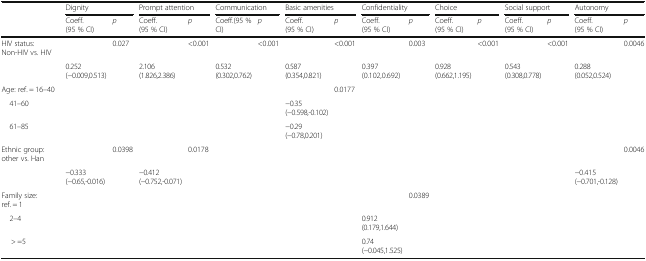
<table><thead><tr><td></td><td colspan="2"><b>Dignity</b></td><td colspan="2"><b>Prompt attention</b></td><td colspan="2"><b>Communication</b></td><td colspan="2"><b>Basic amenities</b></td><td colspan="2"><b>Confidentiality</b></td><td colspan="2"><b>Choice</b></td><td colspan="2"><b>Social support</b></td><td colspan="2"><b>Autonomy</b></td></tr><tr><td></td><td><b>Coeff. (95 % CI)</b></td><td><b><i>p</i></b></td><td><b>Coeff. (95 % CI)</b></td><td><b><i>p</i></b></td><td><b>Coeff.(95 % CI)</b></td><td><b><i>p</i></b></td><td><b>Coeff. (95 % CI)</b></td><td><b><i>p</i></b></td><td><b>Coeff. (95 % CI)</b></td><td><b><i>p</i></b></td><td><b>Coeff. (95 % CI)</b></td><td><b><i>p</i></b></td><td><b>Coeff. (95 % CI)</b></td><td><b><i>p</i></b></td><td><b>Coeff. (95 % CI)</b></td><td><b><i>p</i></b></td></tr></thead><tbody><tr><td>HIV status: Non-HIV vs. HIV</td><td></td><td>0.027</td><td></td><td>&lt;0.001</td><td></td><td>&lt;0.001</td><td></td><td>&lt;0.001</td><td></td><td>0.003</td><td></td><td>&lt;0.001</td><td></td><td>&lt;0.001</td><td></td><td>0.0046</td></tr><tr><td></td><td>0.252 (−0.009,0.513)</td><td></td><td>2.106 (1.826,2.386)</td><td></td><td>0.532 (0.302,0.762)</td><td></td><td>0.587 (0.354,0.821)</td><td></td><td>0.397 (0.102,0.692)</td><td></td><td>0.928 (0.662,1.195)</td><td></td><td>0.543 (0.308,0.778)</td><td></td><td>0.288 (0.052,0.524)</td><td></td></tr><tr><td>Age: ref. = 16–40</td><td></td><td></td><td></td><td></td><td></td><td></td><td></td><td>0.0177</td><td></td><td></td><td></td><td></td><td></td><td></td><td></td><td></td></tr><tr><td> 41–60</td><td></td><td></td><td></td><td></td><td></td><td></td><td>−0.35 (−0.598,-0.102)</td><td></td><td></td><td></td><td></td><td></td><td></td><td></td><td></td><td></td></tr><tr><td> 61–85</td><td></td><td></td><td></td><td></td><td></td><td></td><td>−0.29 (−0.78,0.201)</td><td></td><td></td><td></td><td></td><td></td><td></td><td></td><td></td><td></td></tr><tr><td>Ethnic group: other vs. Han</td><td></td><td>0.0398</td><td></td><td>0.0178</td><td></td><td></td><td></td><td></td><td></td><td></td><td></td><td></td><td></td><td></td><td></td><td>0.0046</td></tr><tr><td></td><td>−0.333 (−0.65,-0.016)</td><td></td><td>−0.412 (−0.752,-0.071)</td><td></td><td></td><td></td><td></td><td></td><td></td><td></td><td></td><td></td><td></td><td></td><td>−0.415 (−0.701,-0.128)</td><td></td></tr><tr><td>Family size: ref. = 1</td><td></td><td></td><td></td><td></td><td></td><td></td><td></td><td></td><td></td><td>0.0389</td><td></td><td></td><td></td><td></td><td></td><td></td></tr><tr><td> 2–4</td><td></td><td></td><td></td><td></td><td></td><td></td><td></td><td></td><td>0.912 (0.179,1.644)</td><td></td><td></td><td></td><td></td><td></td><td></td><td></td></tr><tr><td>&gt; =5</td><td></td><td></td><td></td><td></td><td></td><td></td><td></td><td></td><td>0.74 (−0.045,1.525)</td><td></td><td></td><td></td><td></td><td></td><td></td><td></td></tr></tbody></table>